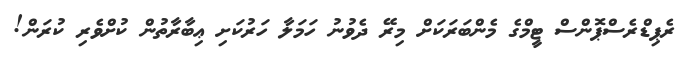
ރެޕިޑްރެސްޕޮންސް ޓީމްގެ މެންބަރަކަށް މިރޭ ދެވުނު ހަމަލާ ހަރުކަށި ޢިބާރާތުން ކުށްވެރި ކުރަން!